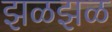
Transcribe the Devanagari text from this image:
झळझळ